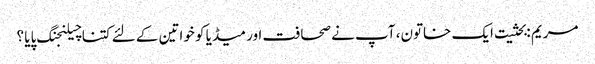
مریم :بحثیت ایک خاتون، آپ نے صحافت اور میڈیا کو خواتین کے لئے کتنا چیلنجنگ پایا ؟